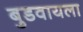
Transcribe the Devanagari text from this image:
बुडवायला